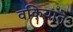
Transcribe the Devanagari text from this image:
वकियाते